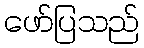
ဖော်ပြသည်